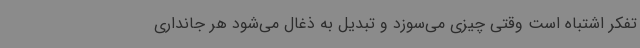
تفکر اشتباه است وقتی چیزی می‌سوزد و تبدیل به ذغال می‌شود هر جانداری